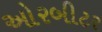
ઓરબીટર